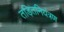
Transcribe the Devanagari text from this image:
तड़ितनियंत्रण